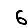
Digit: 6